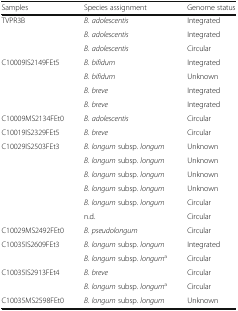
| Samples | Species assignment | Genome status |
 | --- | --- | --- |
 | <ROWSPAN=3> TVPR3B | B. adolescentis | Integrated |
 | B. adolescentis | Integrated |
 | B. adolescentis | Circular |
 | <ROWSPAN=4> C10009IS2149FEt5 | B. bifidum | Integrated |
 | B. bifidum | Unknown |
 | B. breve | Integrated |
 | B. breve | Integrated |
 | C10009MS2134FEt0 | B. adolescentis | Circular |
 | C10019IS2329FEt5 | B. breve | Circular |
 | <ROWSPAN=6> C10029IS2503FEt3 | B. longum subsp. longum | Unknown |
 | B. longum subsp. longum | Unknown |
 | B. longum subsp. longum | Unknown |
 | B. longum subsp. longum | Unknown |
 | B. longum subsp. longum | Circular |
 | n.d. | Circular |
 | C10029MS2492FEt0 | B. pseudolongum | Circular |
 | <ROWSPAN=2> C10035IS2609FEt3 | B. longum subsp. longum | Integrated |
 | B. longum subsp. longuma | Circular |
 | <ROWSPAN=2> C10035IS2913FEt4 | B. breve | Circular |
 | B. longum subsp. longuma | Circular |
 | C10035MS2598FEt0 | B. longum subsp. longum | Unknown |